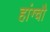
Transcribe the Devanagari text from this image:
हांग्चौ